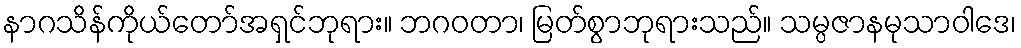
နာဂသိန်ကိုယ်တော်အရှင်ဘုရား။ ဘဂဝတာ၊ မြတ်စွာဘုရားသည်။ သမ္ပဇာနမုသာဝါဒေ၊